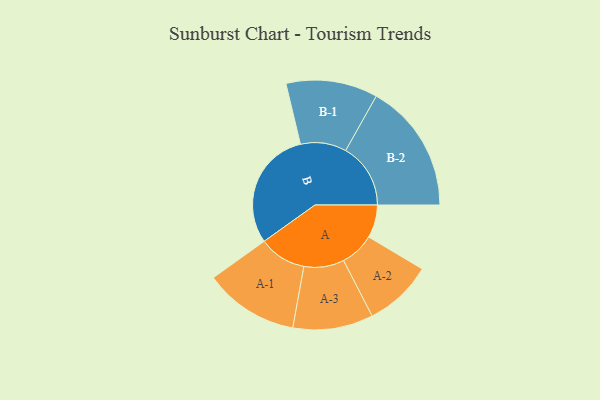
{"axis": {"x": "Segment", "y": "Value"}, "legend": ["", "A", "B"], "data": [{"x": "A", "y": 133, "type": ""}, {"x": "B", "y": 484, "type": ""}, {"x": "A-1", "y": 191, "type": "A"}, {"x": "A-2", "y": 138, "type": "A"}, {"x": "A-3", "y": 162, "type": "A"}, {"x": "B-1", "y": 185, "type": "B"}, {"x": "B-2", "y": 262, "type": "B"}]}